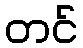
တင်